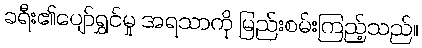
ခရီး၏ပျော်ရွှင်မှု အရသာကို မြည်းစမ်းကြည့်သည်။